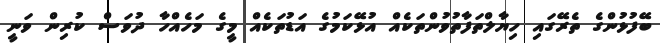
ބޭފުޅުންގެ ތެރޭގައި ހިޔާލްތަފާތުވުންތަކެއް އުޅޭކަމުގެ އަޑުތަކެއް މީގެ މަހެއްހާ ދުވަސް ކުރިން ވަނީ